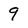
Character: 9